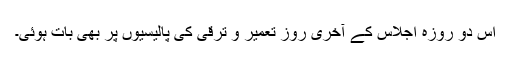
اس دو روزہ اجلاس کے آخری روز تعمیر و ترقی کی پالیسیوں پر بھی بات ہوئی۔